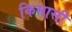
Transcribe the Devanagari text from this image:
किमासी